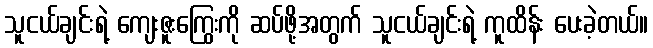
သူငယ်ချင်းရဲ့ ကျေးဇူးကြွေးကို ဆပ်ဖို့အတွက် သူငယ်ချင်းရဲ့ ကူထိန်း ပေးခဲ့တယ်။